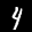
Label: 4